Scottish Leaving Certificate Examination, 1955
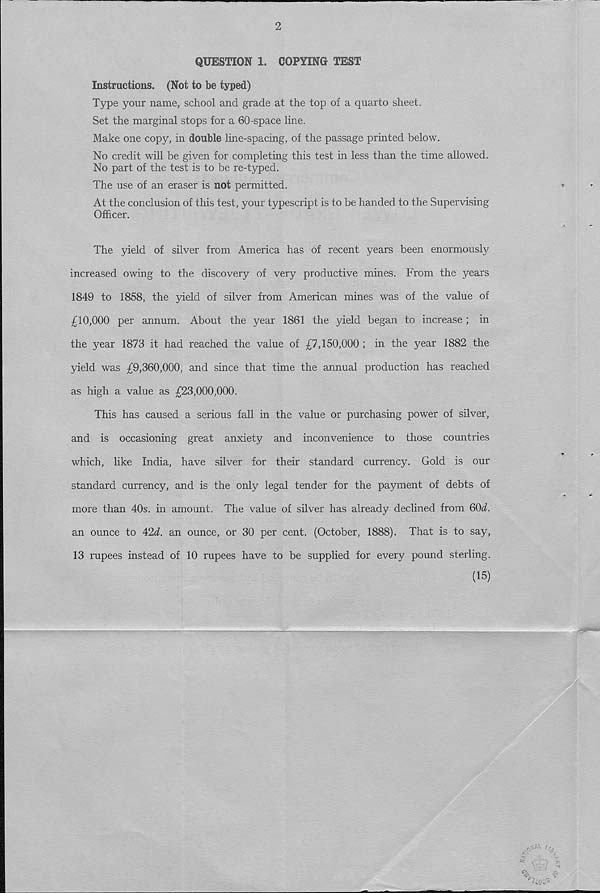
2
QUESTION 1. COPYING TEST
Instructions. (Not to be typed)
Type your name, school and grade at the top of a quarto sheet.
Set the marginal stops for a 60-space line.
Make one copy, in double line-spacing, of the passage printed below.
No credit will be given for completing this test in less than the time allowed.
No part of the test is to be re-typed.
The use of an eraser is not permitted.
At the conclusion of this test, your typescript is to be handed to the Supervising
Officer.
The yield of silver from America has of recent years been enormously
increased owing to the discovery of very productive mines. From the years
1849 to 1858, the yield of silver from American mines was of the value of
£10,000 per annum. About the year 1861 the yield began to increase; in
the year 1873 it had reached the value of £7,150,000 ; in the year 1882 the
yield was £9,360,000, and since that time the annual production has reached
as high a value as £23,000,000.
This has caused a serious fall in the value or purchasing power of silver,
and is occasioning great anxiety and inconvenience to those countries
which, like India, have silver for their standard currency. Gold is our
standard currency, and is the only legal tender for the payment of debts of
more than 40s. in amount. The value of silver has already declined from 60d
an ounce to A2d. an ounce, or 30 per cent. (October, 1888). That is to say,
13 rupees instead of 10 rupees have to be supplied for every pound sterling.
(15)
%.
$